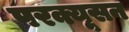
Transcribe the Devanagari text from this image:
परक्यूसन